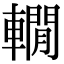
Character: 𨎫